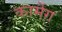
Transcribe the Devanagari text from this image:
कार्मेग